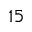
^ { 1 5 }